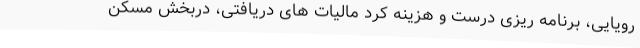
رویایی، برنامه ریزی درست و هزینه کرد مالیات های دریافتی، دربخش مسکن